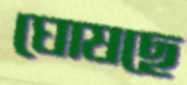
ঘোষছে